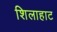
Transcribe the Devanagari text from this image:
शिलाहाट